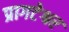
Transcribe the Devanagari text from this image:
प्रागटेश्वर